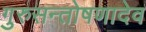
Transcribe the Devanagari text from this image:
गुरुसन्तोषणादेव